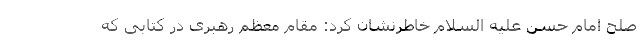
صلح امام حسن علیه السلام خاطرنشان کرد: مقام معظم رهبری در کتابی که